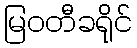
မြဝတီခရိုင်